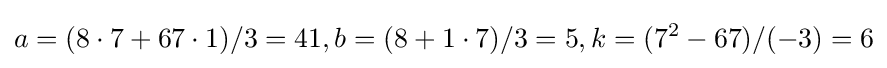
a=(8\cdot 7+67\cdot 1)/3=41,b=(8+1\cdot 7)/3=5,k=(7^{2}-67)/(-3)=6